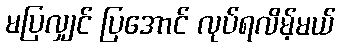
မပြလျှင် ပြအောင် လုပ်ရလိမ့်မယ်